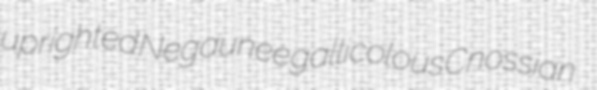
uprighted Negaunee gallicolous Cnossian